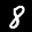
Label: 8